Kiideva_(Sinalepa)_vallavalitsus, lk 24
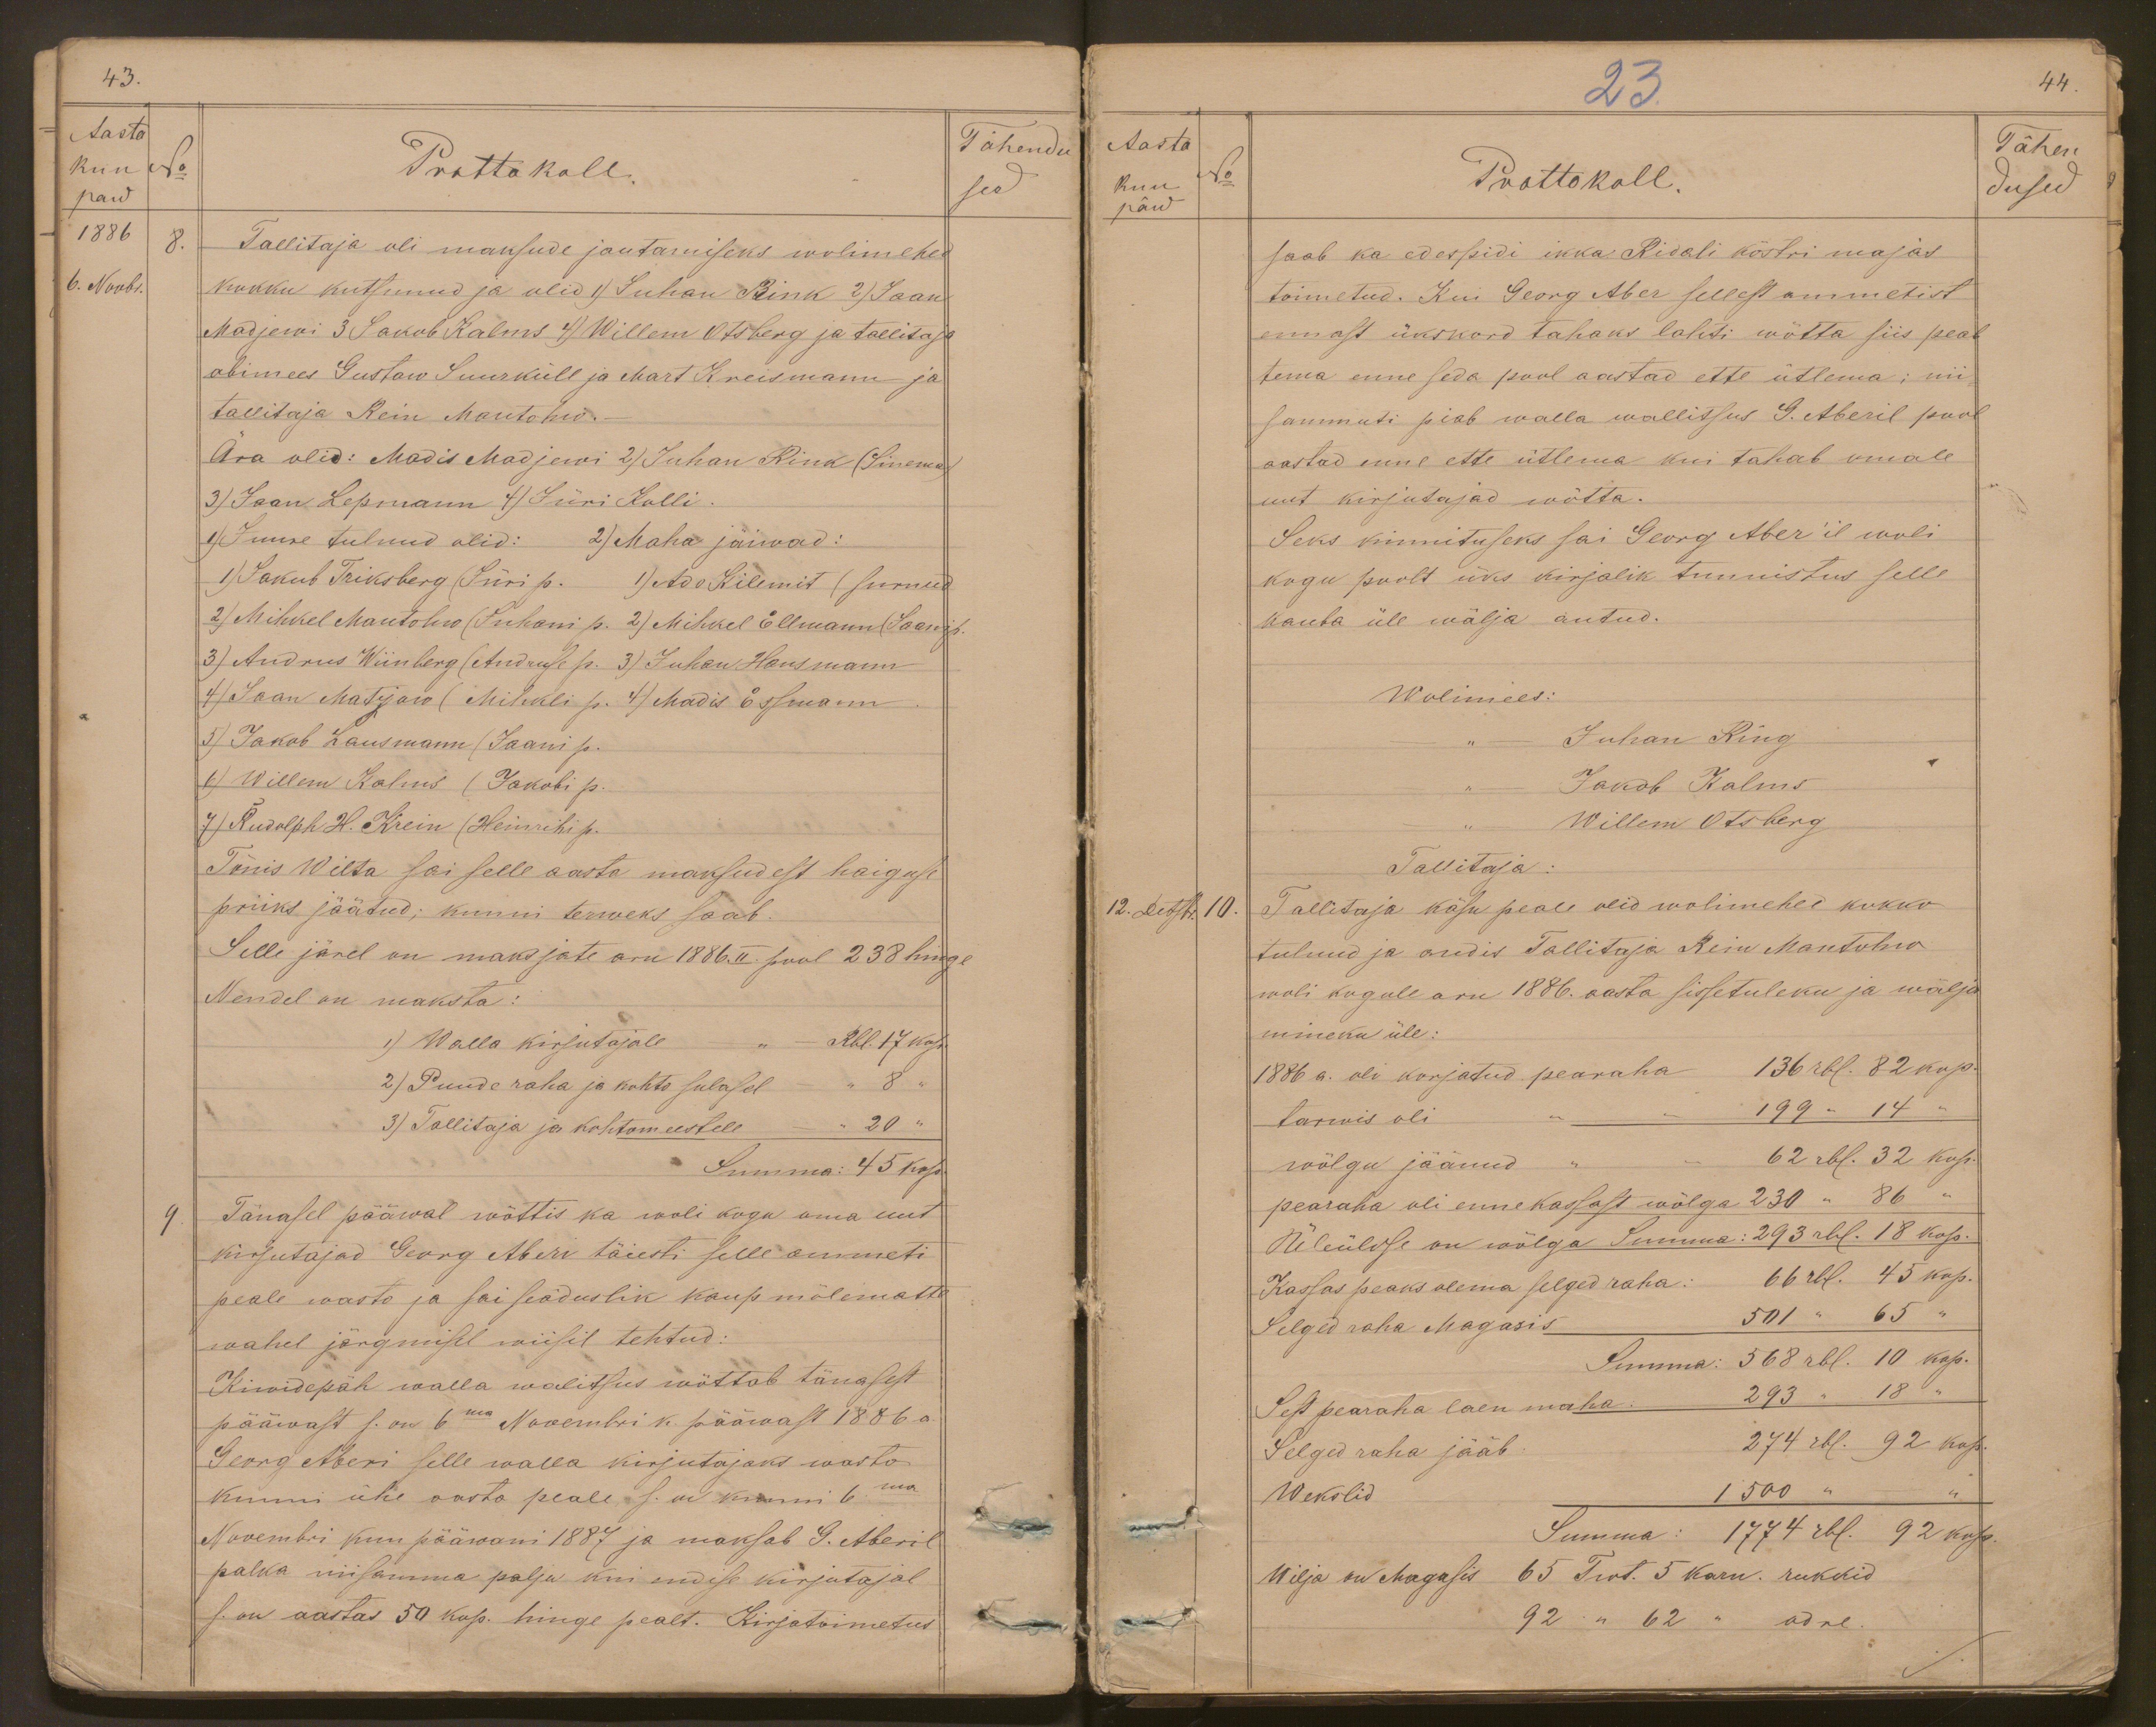
43.
Aasta
Tähendu
kuu
No
Prottokoll.
Tähendu
paw
sed
1886
8.
Tallitaja oli maksude jautamiseks wolimehed
6. Novbr.
kokku kutsunud ja olid 1) Juhan Bink 2) Jaan
Madjewi 3 Jakob Kalms 4) Willem Otsberg ja tallitaja
abimees Gustaw Suurküll ja Mart Kreismann ja
tallitaja Rein Mantohw.
Ära olid: Madis Madjewi 2) Juhan Rink (Sinema)
3) Jaan Lepmann 4) Jüri Kolli
1) Juure tulnud olid: 2) Maha jäiwad:
1) Jakub Triksberg (Jüri p. 1) Ado Kilemit (surnud
2) Mihkel Mantohw (Juhani p. 2) Mihkel Ellmann (Jaani p
3) Andrus Wiinberg (Andruse p. 3) Juhan Hansmann
4) Jaan Matjow (Mihkli p. 4) Madis Essmann
5) Jakob Lausmann (Jaani p.
6) Willem Kalms (Jakobi p.
7) Rudolph H. Krein (Heinrihi p.
Tõnis Wilta sai selle aasta maksudest haiguse
priiks jäätud; kunni terweks saab.
Selle järel on maksjate aru 1886. II pool 238 hinge
Nendel on maksta:
1) Walla kirjutajale
Rbl. 17 kop.
2) Puude raha ja kohto sulasel
8 "
3) Tallitaja ja kohtomeestele
20 "
Summa: 45 kop.
9
Tänasel pääwal wõttis ka woli kogu oma uut
kirjutajad Georg Aberi täiesti selle ammeti
peale wasto ja sai seäduslik kaup mõlematte
wahel järgmisel wiisil tehtud:
Kiwidepäh walla walitsus wõttab tänasest
pääwast s. on 6ma Novembri k. pääwast 1886 a
Georg Aberi selle walla kirjutajaks wasto
kunni ühe aasta peale, s. on kunni 6ma
Novembri kuu pääwani 1887 ja maksab G. Aberil
palka niisamma palju kui endise kirjutajal
s. on aastas 50 kop. hinge pealt. Kirjatoimetus

23.
44.
Aasta
Tähen-
kuu
No
Prottokoll.
päw
dused
saab ka edespidi ikka Ridali köstri majas
toimetud. Kui Georg Aber sellest ammetist
ennast ükskord tahaks lahti wõtta siis peab
tema enne seda pool aastad ette ütlema; nii-
sammuti piab walla wallitsus G. Aberil pool
aastad enne ette ütlema kui tahab omale
uut kirjutajad wõtta.
Seks kinnituseks sai Georg Aber'il woli
kogu poolt üks kirjalik tunnistus selle
kauba üle wälja antud.
Wolimees:
Juhan Ring
Jakob Kalms
Willem Otsberg
Tallitaja
12. Detsbr. 10.
Tallitaja käsu peale olid wolimehed kokko
tulnud ja andis Tallitaja Rein Mantohw
woli kogule aru 1886. aasta sissetuleku ja wälja
mineku üle:
1886 a. oli korjatud pearaha 136 rbl. 82 kop.
tarwis oli
199 " 14
wõlgu jäänud
62 rbl. 32 kop.
pearaha oli enne kassast wõlga 230 " 86 "
Üleüldse on wõlga Summa: 293 rbl. 18 kop.
Kassas peaks olema selged raha: 66 rbl. 45 kop.
Selged raha Magasis 501 " 65"
Summa: 568 rbl. 10 kop.
Sest pearaha laen maha: 293 " 18 "
Selged raha jääb: 274 rbl. 92 kop.
Wekslid
1 500 "
Summa: 1774 rbl. 92 kop.
Wilja on Magasis 65 Twt. 5 karn. rukkid
92 " 62 " odre.